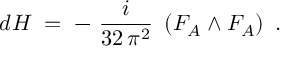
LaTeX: d H \; = \; - ~ \frac { i } { 3 2 \, \pi ^ { 2 } } ~ \left( F _ { A } \wedge F _ { A } \right) ~ .